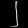
Digit: ၂